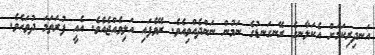
އަނދިރިކަމަށް އެކަލާނގެ ރޭނގަނޑުގެ ނަމުން ނަންދެއްވިއެވެ. ރޭވެފައި އަލިވެއްޖެއެވެ. އެއީ ފުރަތަމަ ދުވަހެވެ.